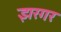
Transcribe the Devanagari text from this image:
झरगर